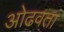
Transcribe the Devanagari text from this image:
ओढवता